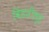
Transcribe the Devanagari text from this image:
विंडशील्‍ड